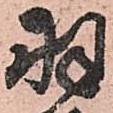
羽